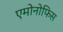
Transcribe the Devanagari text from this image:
एमोनोफिस